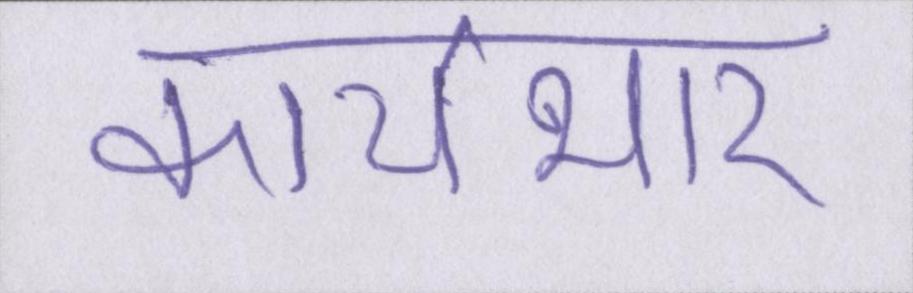
कार्यभार